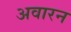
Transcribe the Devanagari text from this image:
अवारन